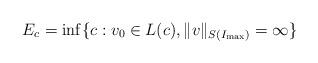
LaTeX: \begin{align*} E_c=\inf\{c: v_0\in L(c), \|v\|_{S(I_{\max})}=\infty\}\end{align*}